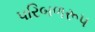
પરિબળરૂપ